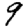
Digit: 9